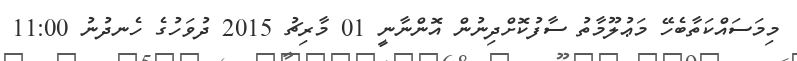
މިމަސައްކަތާބެހޭ މަޢުލޫމާތު ސާފުކޮށްދިނުން އޮންނާނީ 01 މާރިޗު 2015 ދުވަހުގެ ހެނދުނު 11:00